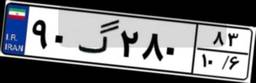
۱۹گ۳۸۷۱۱